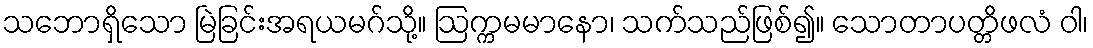
သဘောရှိသော မြဲခြင်းအရယမဂ်သို့။ ဩက္ကမမာနော၊ သက်သည်ဖြစ်၍။ သောတာပတ္တိဖလံ ဝါ၊